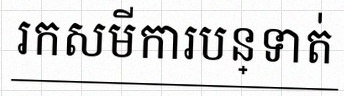
រកសមីការបន្ទាត់